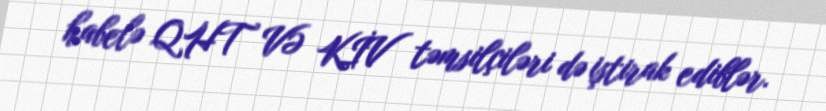
habelə QHT VƏ KİV təmsilçiləri də iştirak ediblər.